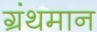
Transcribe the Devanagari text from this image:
ग्रंथमान